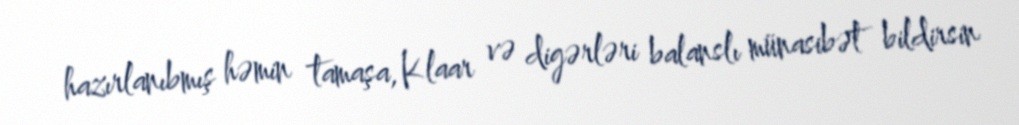
hazırlanıbmış həmin tamaşa, Klaar və digərləri balanslı münasibət bildirsin